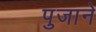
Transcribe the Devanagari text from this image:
पुजाने